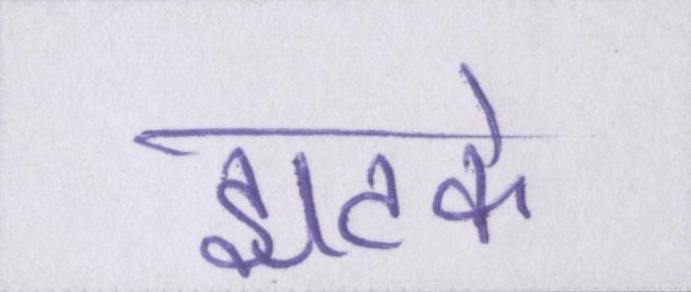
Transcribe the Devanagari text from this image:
झटके